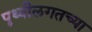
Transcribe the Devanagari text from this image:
पृथ्वीलगतच्या